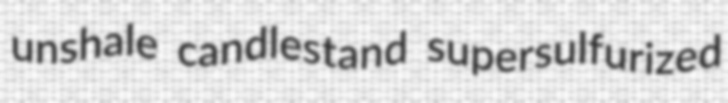
unshale candlestand supersulfurized